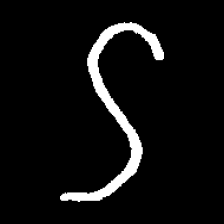
Pyu character \u2014 Myanmar letter: ဌ (romanized: ttha)